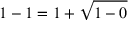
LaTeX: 1 - 1 = 1 + { \sqrt { 1 - 0 } }